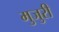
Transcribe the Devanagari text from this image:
मुजुरी